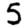
Digit: 5